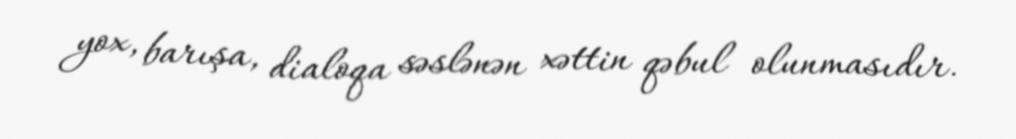
yox, barışa, dialoqa səslənən xəttin qəbul olunmasıdır.